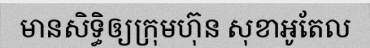
មានសិទ្ធិឲ្យក្រុមហ៊ុន សុខាអូតែល